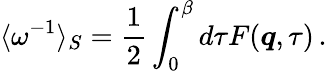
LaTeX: \langle\omega^{-1}\rangle_{S}=\frac{1}{2}\int_{0}^{\beta}d\tau{F}(\boldsymbol{q},\tau)\, .